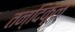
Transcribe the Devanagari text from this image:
तन्दिकूल